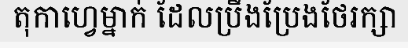
តុកាហ្វេម្នាក់ ដែលប្រឹងប្រែងថែរក្សា